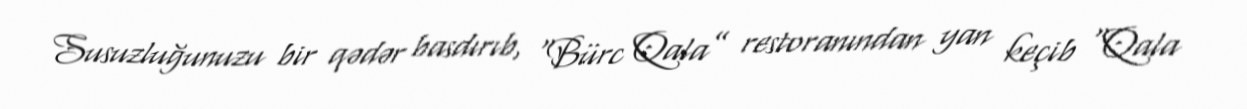
Susuzluğunuzu bir qədər basdırıb, “Bürc Qala” restoranından yan keçib “Qala